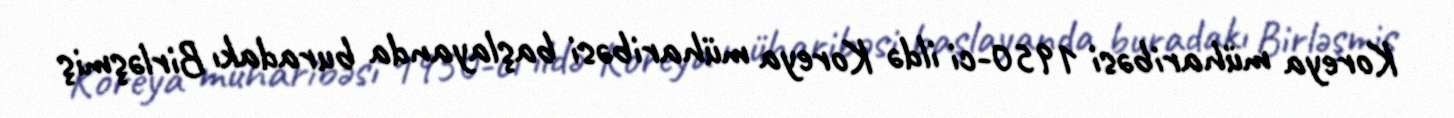
Koreya müharibəsi 1950-ci ildə Koreya müharibəsi başlayanda buradakı Birləşmiş